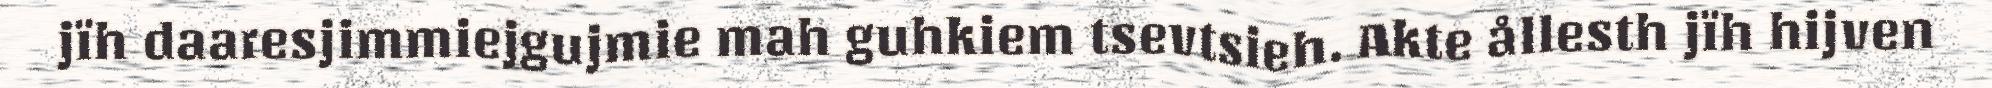
jïh daaresjimmiejgujmie mah guhkiem tsevtsieh. Akte ållesth jïh hijven